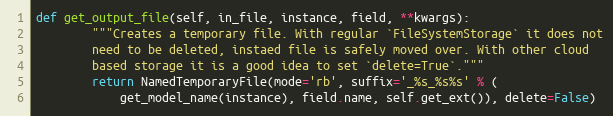
Language: Python
def get_output_file(self, in_file, instance, field, **kwargs):
        """Creates a temporary file. With regular `FileSystemStorage` it does not
        need to be deleted, instaed file is safely moved over. With other cloud
        based storage it is a good idea to set `delete=True`."""
        return NamedTemporaryFile(mode='rb', suffix='_%s_%s%s' % (
            get_model_name(instance), field.name, self.get_ext()), delete=False)